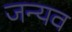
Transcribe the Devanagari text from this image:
जन्यव